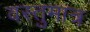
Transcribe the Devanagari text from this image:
वस्तुमात्र